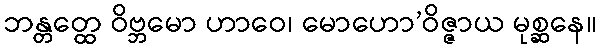
ဘန္တတ္ထေ ဝိဗ္ဘမော ဟာဝေ၊ မောဟော’ဝိဇ္ဇာယ မုစ္ဆနေ။